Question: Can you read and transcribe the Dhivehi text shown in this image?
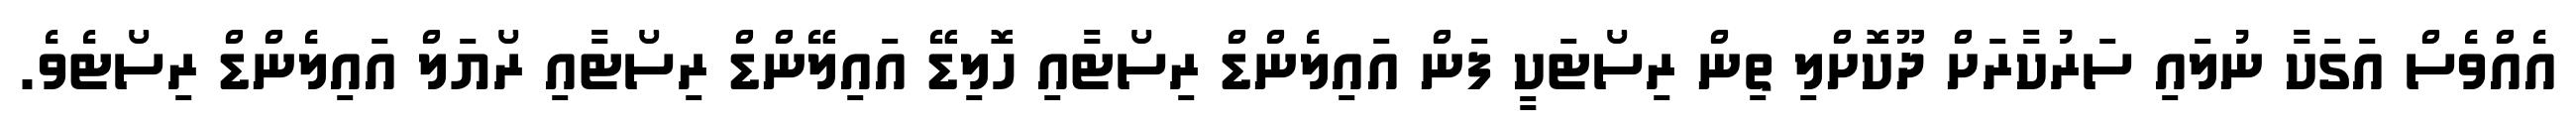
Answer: އެއްވެސް އަގަކާ ނުލައި ސަރުކާރަށް ދޫކޮށްލި ތިން ރިސޯޓަކީ ފަން އައިލެންޑް ރިސޯޓާއި ހޮލިޑޭ އައިލޭންޑް ރިސޯޓާއި ރޯޔަލް އައިލެންޑް ރިސޯޓެވެ.